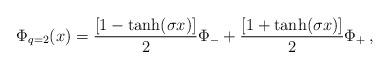
LaTeX: \begin{align*}\Phi_{q=2}(x)={[1-\tanh(\sigma x)]\over 2}\Phi_- + {[1+\tanh(\sigma x)]\over 2}\Phi_+ \, ,\end{align*}